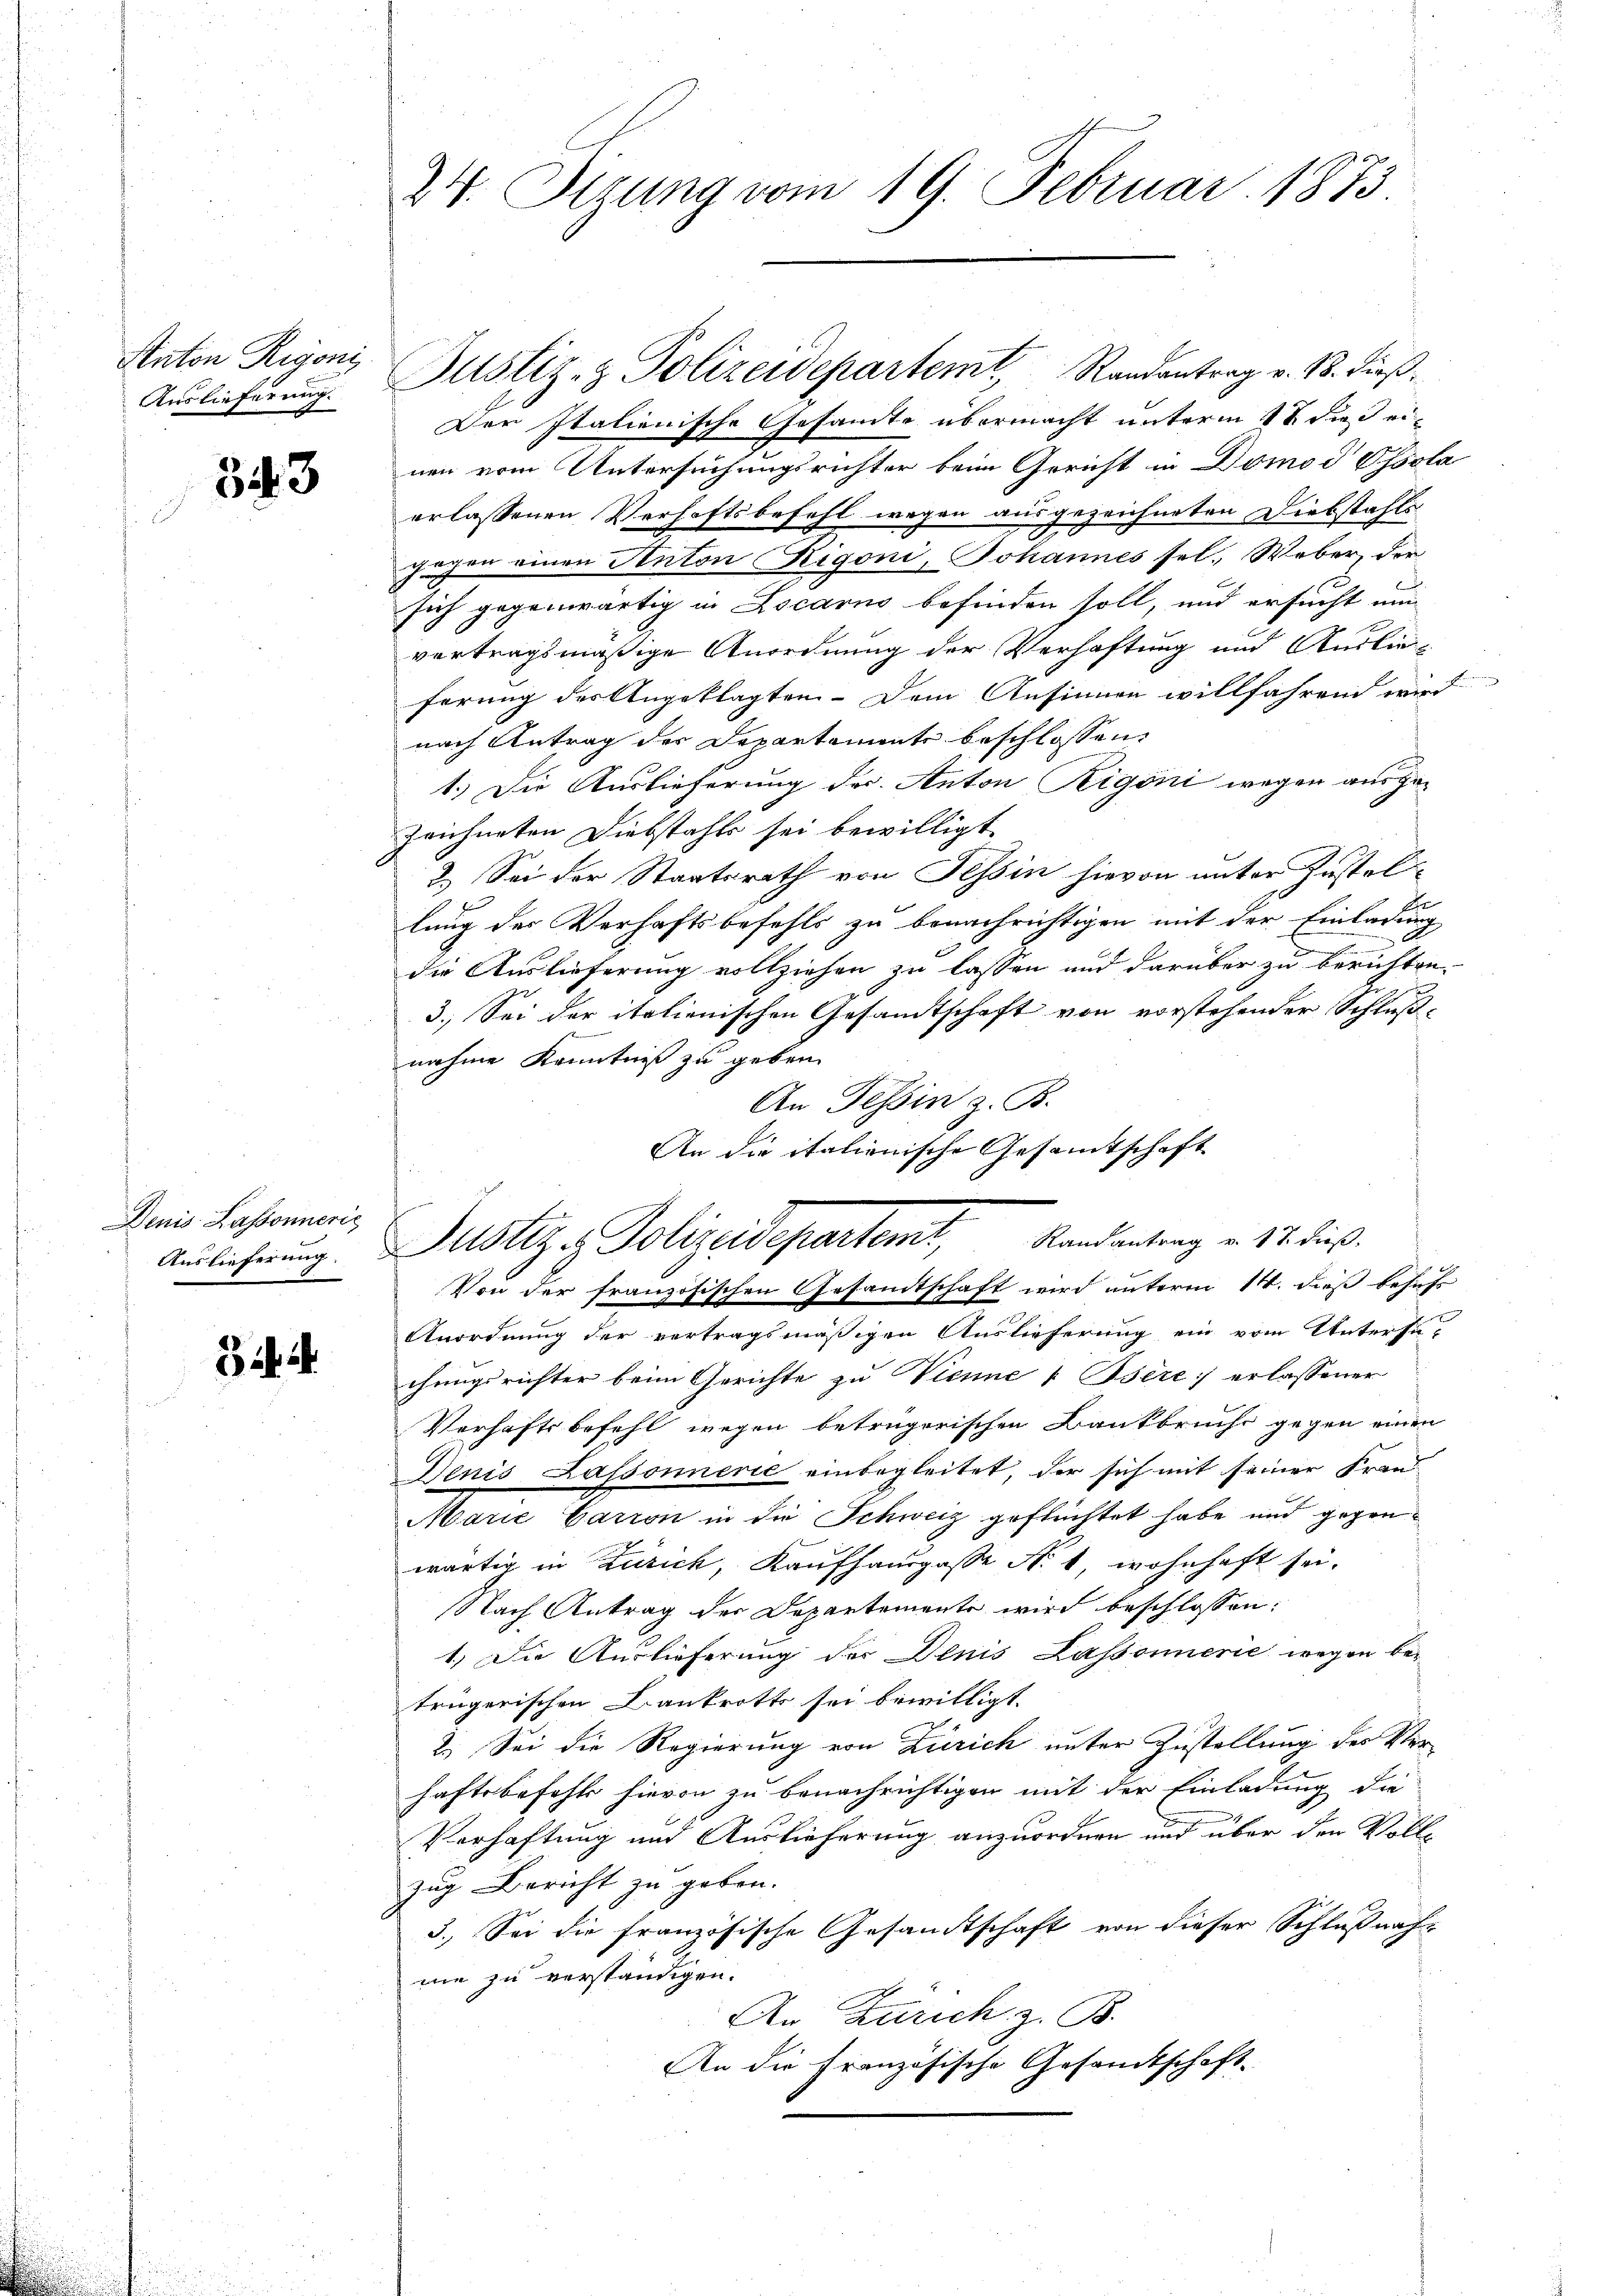
Naton Rigoni
Auslieferung.

343

Denis Lassonneris
Auslieferung.

.

24. Setzung vom 19. Februar 1873.

Justiz- & Polizeidepartemt, Randantrag v. 18. dieß¬
Der Italienische Gesandte übermacht unterm 17 dies einen vom Untersuchungsrichter beim Gericht in Domod Ohssla
erlassenen Verhaftsbefehl wegen ausgezeichneten Diebstahls
gegen einen Anton Rigoni, Johannes sel. Weber, der
sich gegenwärtig in Locarno befinden soll, und ersucht nun
vertragsmäßige Anordnung der Verhaftung und Auslieferung des Angeklagten. Dem Ansinnen willfahrend wird
nach Antrag der Departemente beschlossen,
1.) Die Auslieferung des Anton Rigoni wegen aus gezeichneten Diebstahls sei bewilligt.
2.) Sei der Staatsrath von Tessin hievon unter Zustel
lung der Verhaftsbefehls zu benachrichtigen mit der Einladung
die Auslieferung vollziehen zu lassen und darüber zu berichten.
3. Sei der italienischen Gesandtschaft von vorstehender Schluß-
nahme Kenntniß zu geben.
Von der französischen Gesandtschaft wird unterm 14. dieß besicht
Anordnung der vertragsmäßigen Auslieferung ein vom Untersu-
chungsrichter beim Gerichte zu Vienne & Bere] erlassener
Verhaftsbefehl wegen betrügerischen Bankbruche gegen einen
Denis Lassonnerie einbegleitet, der sich mit seiner Fran-
Marie Carron in die Schweiz geflüchtet habe und gegenwärtig in Zürich, Kaufhauspasse Nr. 1 wohnhaft sei.
Nach Antrag der Departemente wird beschlossen:
1.) Die Auslieferung der Denis Lassonnerić wegen betrügerischen Bankrotts sei bewilligt.
2.) Sei die Regierung von Zürich unter Zustellung der Verhaftsbefehls hievon zu benachrichtigen mit der Einladung die
Verhaftung und Auslieferung anzuordnen und über den Vollzug Bericht zu geben.
3. Sei die französische Gesandtschaft von dieser Schlußnahne zu verständigen.
An Zürich z. B.
An die Französische Gesandtschaft-

An Tessin z. B.
An die italienische Gesamtschaft
Justiz & Polizeidepartemt, Randantrag u. 14. ds.